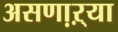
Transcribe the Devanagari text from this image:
असणा़ऱ्या